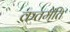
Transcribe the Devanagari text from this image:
कतमेति